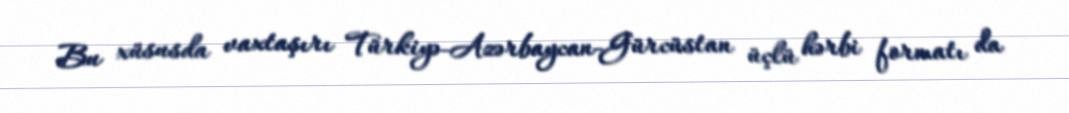
Bu xüsusda vaxtaşırı Türkiyə-Azərbaycan-Gürcüstan üçlü hərbi formatı da